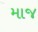
માજ